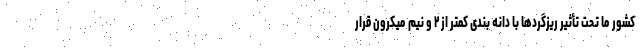
کشور ما تحت تأثیر ریزگردها با دانه بندی کمتر از ۲ و نیم میکرون قرار